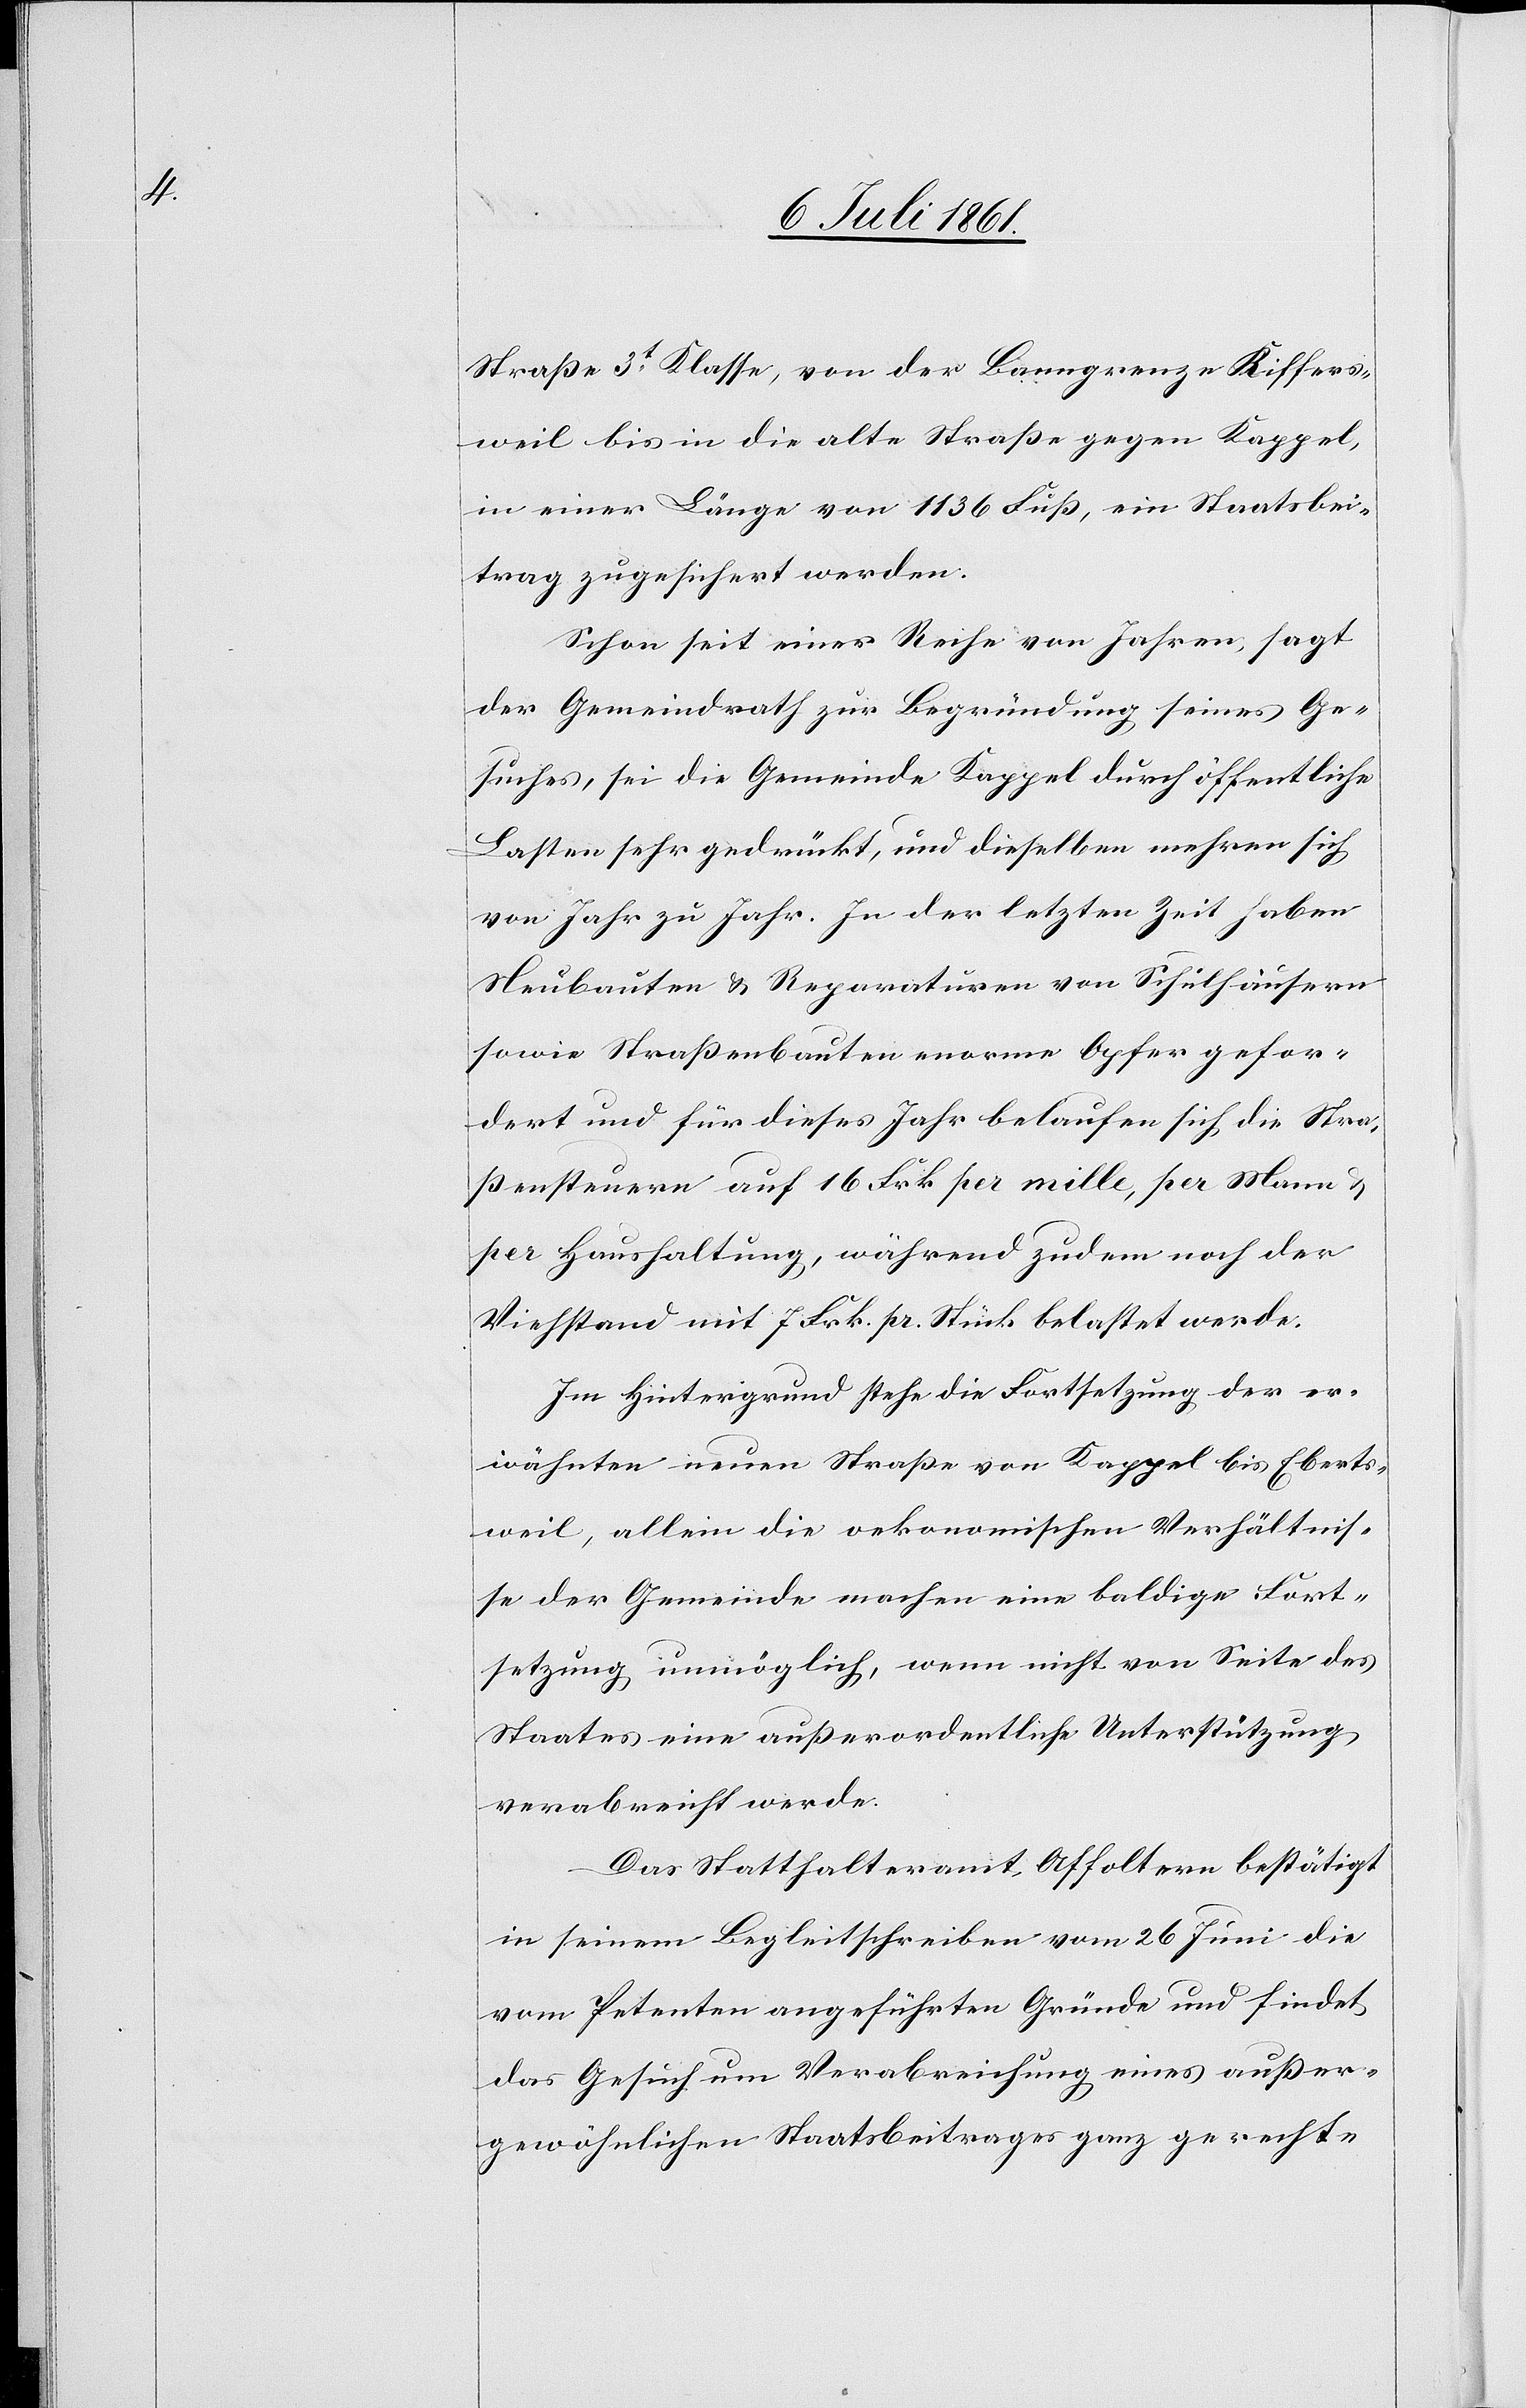
Straße 3t Klasse, von der Banngrenze zu Riffers¬
weil bis in die alte Straße gegen Kappel,
in einer Länge von 1136 Fuß, ein Staatsbei¬
trag zugesichert werden.
Schon seit einer Reihe von Jahren, sagt
der Gemeindrath zur Begründung seines Ge¬
suches, sei die Gemeinde Kappel durch öffentliche
Lasten sehr gedrückt, und dieselben mehren sich
von Jahr zu Jahr. In der letzten Zeit haben
Neubauten u. Reparaturen von Schulhäusern
sowie Straßenbauten enorme Opfer gefor¬
dert und für dieses Jahr belaufen sich die Stra¬
ßensteuern auf 16 Frk. per mille, per Mann u.
per Haushaltung, während zudem noch der
Viehstand mit 7 Frk. pr. Stück belastet werde.
Im Hintergrund stehe die Fortsetzung der er¬
wähnten neuen Straße von Kappel bis Eberts¬
weil, allein die oekonomischen Verhältnis¬
se der Gemeinde machen eine baldige Fort¬
setzung unmöglich, wenn nicht von Seite des
Staates eine außerordentliche Unterstützung
verabreicht werde.
Das Statthalteramt Affoltern bestätigt
in seinem Begleitschreiben vom 26 Juni die
vom Petenten angeführten Gründe und findet
das Gesuch um Verabreichung eines außer¬
gewöhnlichen Staatsbeitrages ganz gerecht-